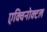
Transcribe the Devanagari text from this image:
एक्विनोक्टल